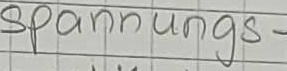
Text: spannungs-